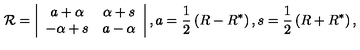
{ \cal R } = \left| \begin{array} { c c } { a + \alpha } & { \alpha + s } \\ { - \alpha + s } & { a - \alpha } \\ \end{array} \right| , a = \frac 1 2 \left( R - R ^ { * } \right) , s = \frac 1 2 \left( R + R ^ { * } \right) ,